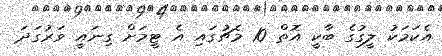
އެކަމަކު ލީގުގެ ބާކީ އޮތް 10 މެޗުގައި އެ ޓީމަށް ގިނައީ ވަރުގަދަ